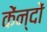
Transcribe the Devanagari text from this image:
केंन्दों